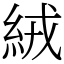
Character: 絨